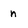
Character: n